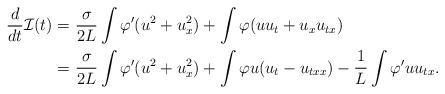
LaTeX: \begin{align*}\begin{aligned}\frac{d}{dt} \mathcal I(t) =&~ \frac{\sigma}{2L} \int \varphi' ( u^2 + u_x^2 ) + \int \varphi (uu_t + u_x u_{tx})\\=&~ \frac{\sigma}{2L} \int \varphi' ( u^2 + u_x^2 ) + \int \varphi u(u_t - u_{txx}) - \frac{1}{L}\int \varphi' u u_{tx}.\end{aligned}\end{align*}